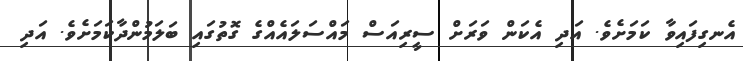
އެނގިފައިވާ ކަމަށެވެ. އަދި އެކަން ވަރަށް ސީރިއަސް މައްސަލައެއްގެ ގޮތުގައި ބަލަމުންދާކަމަށެވެ. އަދި